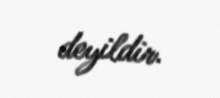
deyildir.